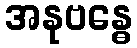
အနုဗန္ဓေ